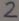
Text: 2